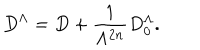
LaTeX: D ^ { \Lambda } = D + \frac { 1 } { \Lambda ^ { 2 n } } D _ { 0 } ^ { \Lambda } .